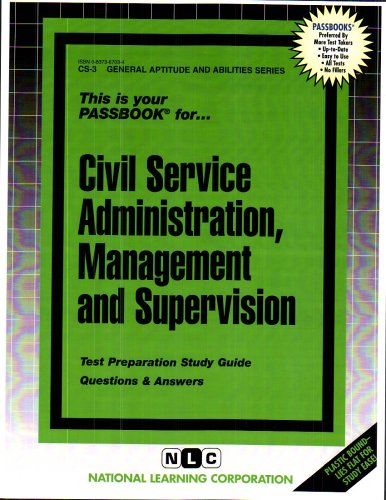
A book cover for CIVIL SERVICE ADMINISTRATION, MANAGEMENT AND SUPERVISION (General Aptitude and Abilities Series) (Passbooks); Jack Rudman; Test Preparation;